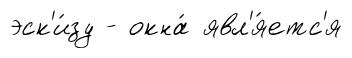
эск'и́зу - окна́ явл'я́етс'я